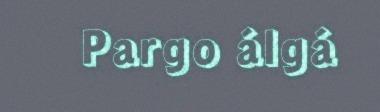
Pargo álgá